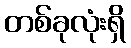
တစ်ခုလုံးရှိ